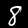
Digit: 8